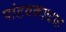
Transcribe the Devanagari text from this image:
पांडवकाळात